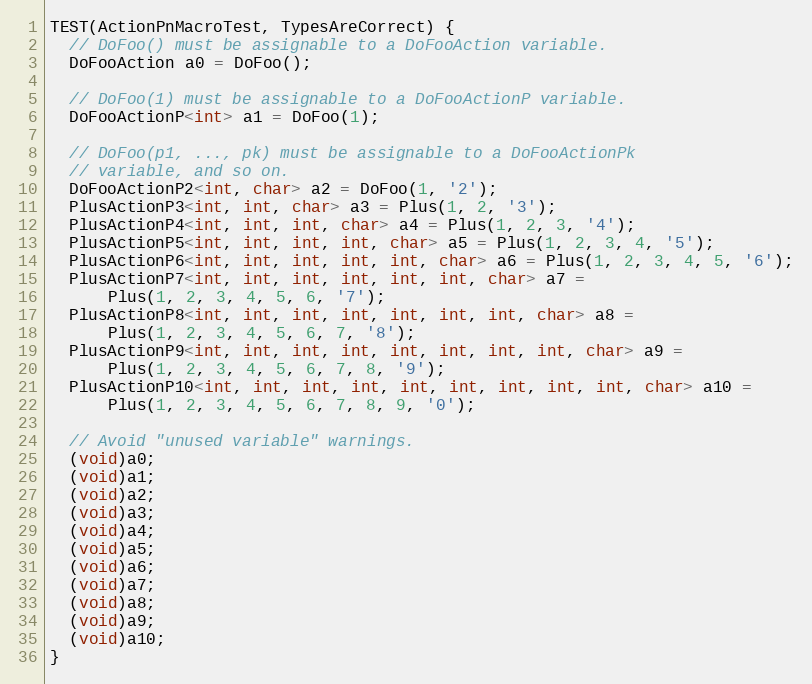
Language: C++
TEST(ActionPnMacroTest, TypesAreCorrect) {
  // DoFoo() must be assignable to a DoFooAction variable.
  DoFooAction a0 = DoFoo();

  // DoFoo(1) must be assignable to a DoFooActionP variable.
  DoFooActionP<int> a1 = DoFoo(1);

  // DoFoo(p1, ..., pk) must be assignable to a DoFooActionPk
  // variable, and so on.
  DoFooActionP2<int, char> a2 = DoFoo(1, '2');
  PlusActionP3<int, int, char> a3 = Plus(1, 2, '3');
  PlusActionP4<int, int, int, char> a4 = Plus(1, 2, 3, '4');
  PlusActionP5<int, int, int, int, char> a5 = Plus(1, 2, 3, 4, '5');
  PlusActionP6<int, int, int, int, int, char> a6 = Plus(1, 2, 3, 4, 5, '6');
  PlusActionP7<int, int, int, int, int, int, char> a7 =
      Plus(1, 2, 3, 4, 5, 6, '7');
  PlusActionP8<int, int, int, int, int, int, int, char> a8 =
      Plus(1, 2, 3, 4, 5, 6, 7, '8');
  PlusActionP9<int, int, int, int, int, int, int, int, char> a9 =
      Plus(1, 2, 3, 4, 5, 6, 7, 8, '9');
  PlusActionP10<int, int, int, int, int, int, int, int, int, char> a10 =
      Plus(1, 2, 3, 4, 5, 6, 7, 8, 9, '0');

  // Avoid "unused variable" warnings.
  (void)a0;
  (void)a1;
  (void)a2;
  (void)a3;
  (void)a4;
  (void)a5;
  (void)a6;
  (void)a7;
  (void)a8;
  (void)a9;
  (void)a10;
}